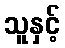
သူနှင့်